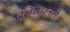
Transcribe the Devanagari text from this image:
बिखेरा।उन्होंने